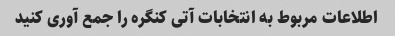
اطلاعات مربوط به انتخابات آتی کنگره را جمع آوری کنید